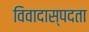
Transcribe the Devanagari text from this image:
विवादास्पदता